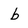
Character: b